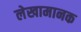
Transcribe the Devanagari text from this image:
लेखामानक